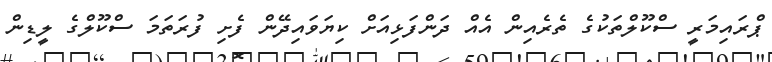
ޕްރައިމަރީ ސްކޫލްތަކުގެ ތެރެއިން އެއް ދަންފަޅިއަށް ކިޔަވައިދޭން ފެށި ފުރަތަމަ ސްކޫލްގެ ލީޑިން